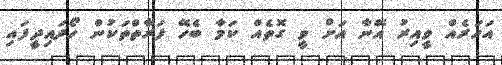
އަހަރެއް ވީއިރު އޭނާ އަށް ވީ ގޮތެއް ކަމާ ބެހޭ ފަރާތްތަކުން ހޯދައިދީފައި